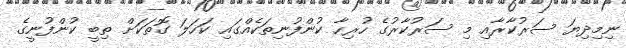
ނިމިދިޔަ ސަރުކާރާއި މި ސަރުކާރުގެ ހުރިހާ ކުންފުނިތަކެއްގައި ކަހަލަ ގޮތަކަށް ތިބީ ކުންފުނީގެ